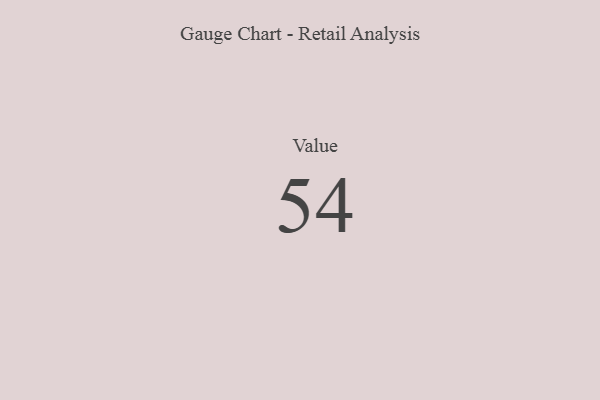
{"axis": {"x": "Metric", "y": "Value"}, "legend": [""], "data": [{"x": "Value", "y": 54, "type": ""}]}